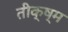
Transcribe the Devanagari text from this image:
तीक्ष्म